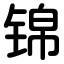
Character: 锦